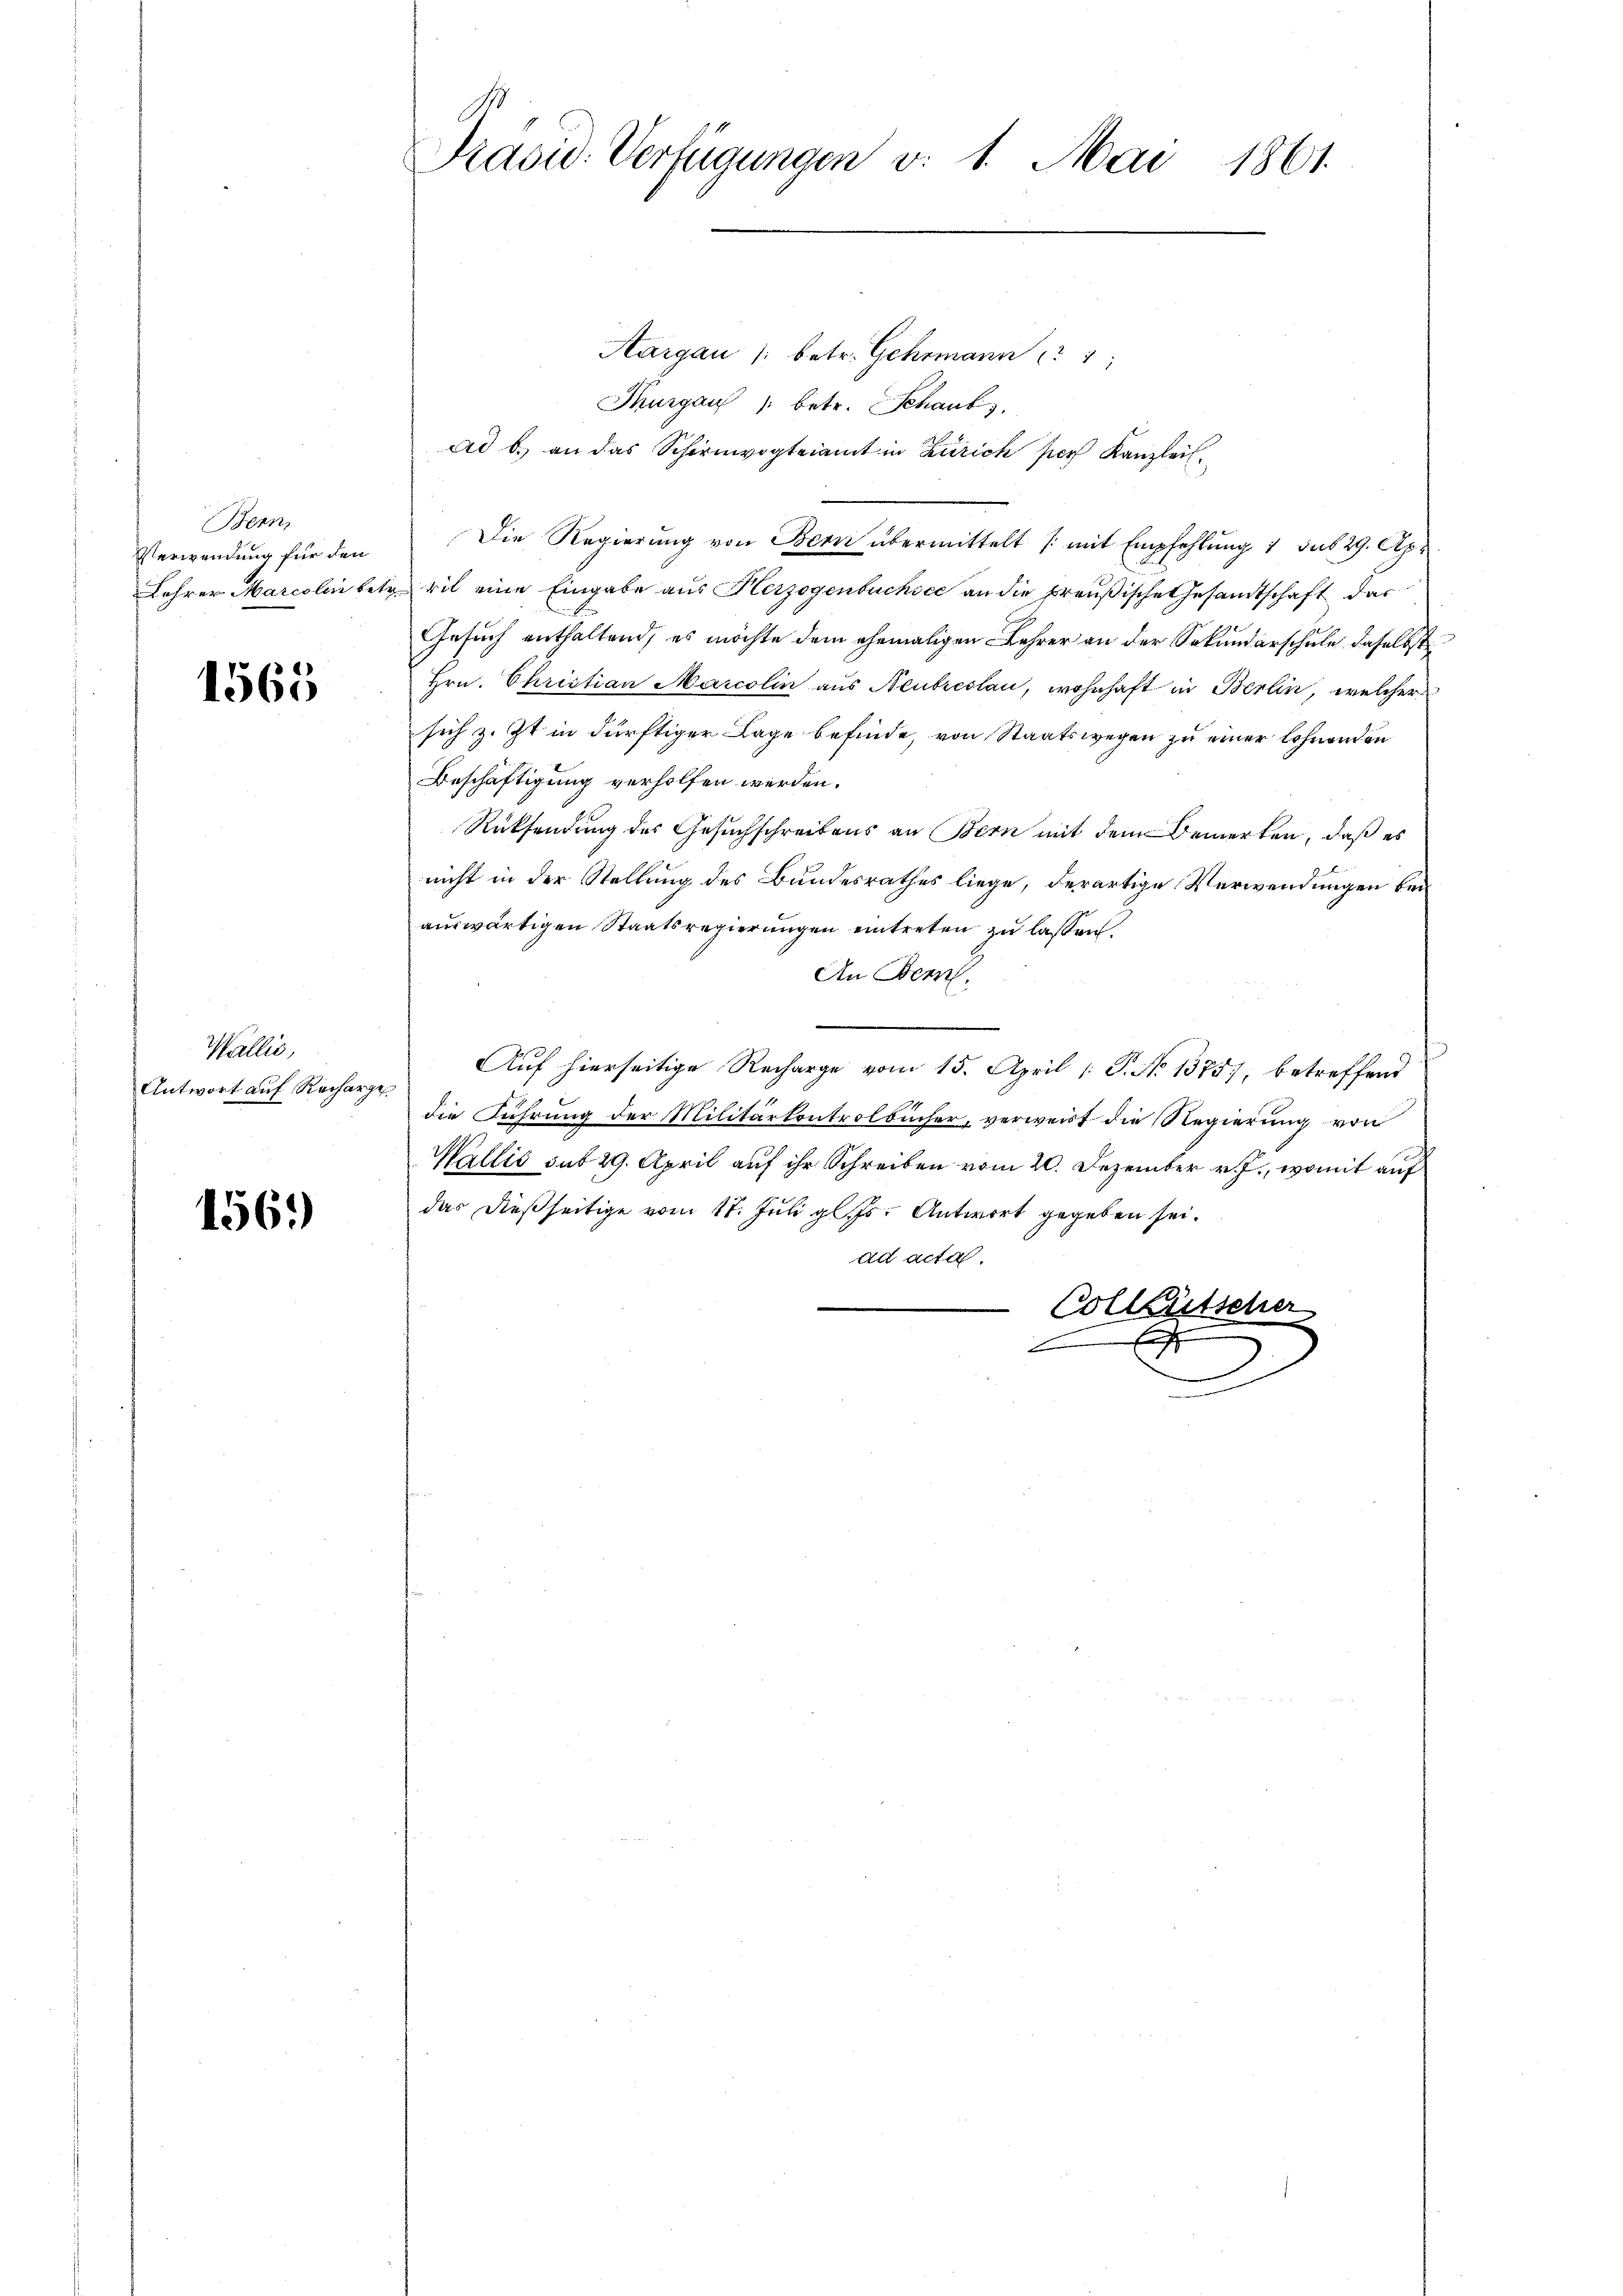
Bern,
Verwendung für den

1565

Wallis,
Antwort auf Recharge

1561)

2
Präsid. Verfügungen v. 1. Mai 1861.

Aargau /: betr. Gehrmann 1
Thurgau 1 betr. Schaub
ad b. an das Schirmvogteiamt in Zürich per Kanzleil¬
Die Regierung von Bern übermittelt /: mit Empfehlung 1 sub 29. Apr
Lehrer Marcolin betr. wil eine Eingabe aus Herzogenbuchsee an die preußische Gesandtschaft der
Gesuch enthaltend, es möchte dem ehemaligen Lehrer an der Sekundarschule daselbst
Hrn. Christian Marcolin aus Neutreslau, wohnhaft in Berlin, welcher
sich z. Zt. in dürftiger Lage befinde, von Staatswegen zu einer lohnenden
Beschäftigung verholfen werden.
Rücksendung des Gesuchschreibens an Bern mit dem Bemerken, daß es
nicht in der Stellung des Bundesrathes liege, derartige Verwendungen bei
auswärtigen Staatsregierungen eintreten zu lassen.
An Bern,
¬
Auf hierseitige Recharge vom 15. April (T. No 1375), betreffend
die Führung der Militärkontrolbücher, verweist die Regierung von
Wallis sub 29. April auf ihr Schreiben vom 20. Dezember v. J., womit auf
das dießseitige vom 17. Juli gl. Antwort gegeben sei.
ad acta.
Collgütscher
s
.